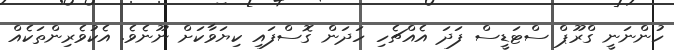
ހުންނަނީ ގްރޫޕް ސްޓަޑީސް ފަދަ އެއްޗެހި ހަދަން ގޮސްފައި ކިޔަވާކަށް ނޫނެވެ. އެކުވެރިންތަކެއް